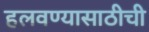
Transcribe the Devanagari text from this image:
हलवण्यासाठीची